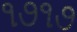
૧૭૧૭